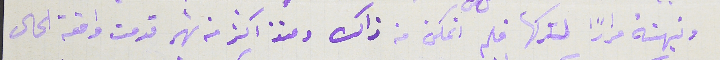
ونبهته مراراً لتركها فلم اتمكن من ذالك ومنذ اكثر من شهر قدمت واقعة الحال